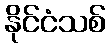
နိုင်ငံသစ်